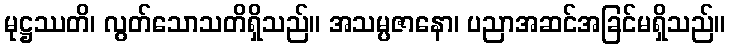
မုဋ္ဌဿတိ၊ လွတ်သောသတိရှိသည်။ အသမ္ပဇာနော၊ ပညာအဆင်အခြင်မရှိသည်။